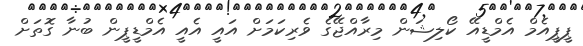
ޕީޕީއެމް އެމްޑީއޭ ކޯލިޝަން މިރާއްޖޭގެ ވެރިކަމަށް އައީ އެއީ އެމްޑީޕީން ބުނާ ގޮތަށް